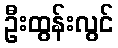
ဦးထွန်းလွင်